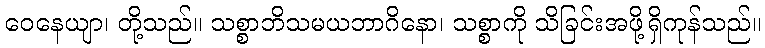
ဝေနေယျာ၊ တို့သည်။ သစ္စာဘိသမယဘာဂိနော၊ သစ္စာကို သိခြင်းအဖို့ရှိကုန်သည်။